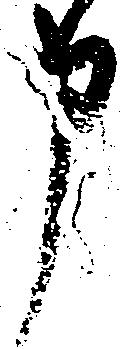
申